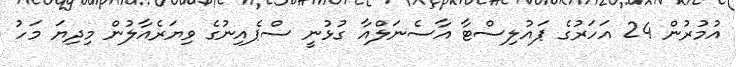
އުމުރުން 24 އަހަރުގެ ޕައުލިސްޓާ އާސެނަލްއާ ގުޅުނީ ސްޕެއިނުގެ ވިޔަރެއާލުން މިދިޔަ މަހު